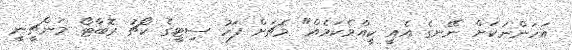
އަހަންނަކަށް ނޭނގެ އެއީ ކީއްވެކަމެއް" މެޗަށް ފަހު ސިޓީގެ ކޯޗު ރޮބާޓޯ މަންޗީނީ